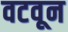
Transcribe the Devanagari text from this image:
वटवून